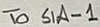
Text: To S1A-1